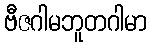
ဗီဇဂါမဘူတဂါမာ